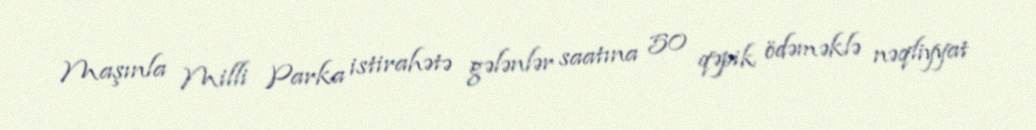
Maşınla Milli Parka istirahətə gələnlər saatına 50 qəpik ödəməklə nəqliyyat